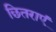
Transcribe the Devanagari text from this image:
छितराएं